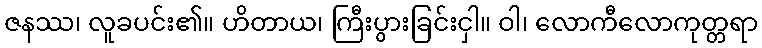
ဇနဿ၊ လူခပင်း၏။ ဟိတာယ၊ ကြီးပွားခြင်းငှါ။ ဝါ၊ လောကီလောကုတ္တရာ